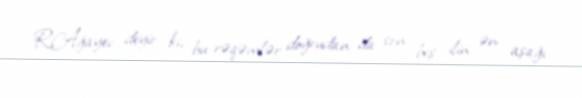
R.Ağayev deyir ki, bu rəqəmlər doğrudan da son beş ilin ən aşağı